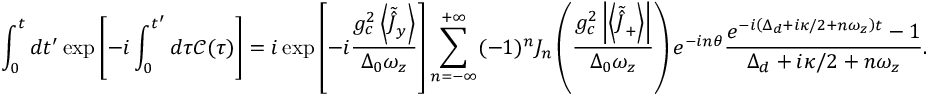
\int _ { 0 } ^ { t } d t ^ { \prime } \exp \left[ - i \int _ { 0 } ^ { t ^ { \prime } } d \tau \mathcal { C } ( \tau ) \right] = i \exp \left[ - i \frac { g _ { c } ^ { 2 } \left\langle \tilde { \hat { J } } _ { y } \right\rangle } { \Delta _ { 0 } \omega _ { z } } \right] \sum _ { n = - \infty } ^ { + \infty } ( - 1 ) ^ { n } J _ { n } \left( \frac { g _ { c } ^ { 2 } \left| \left\langle \tilde { \hat { J } } _ { + } \right\rangle \right| } { \Delta _ { 0 } \omega _ { z } } \right) e ^ { - i n \theta } \frac { e ^ { - i \left( \Delta _ { d } + i \kappa / 2 + n \omega _ { z } \right) t } - 1 } { \Delta _ { d } + i \kappa / 2 + n \omega _ { z } } .